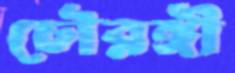
চৌরঙ্গী